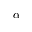
\alpha